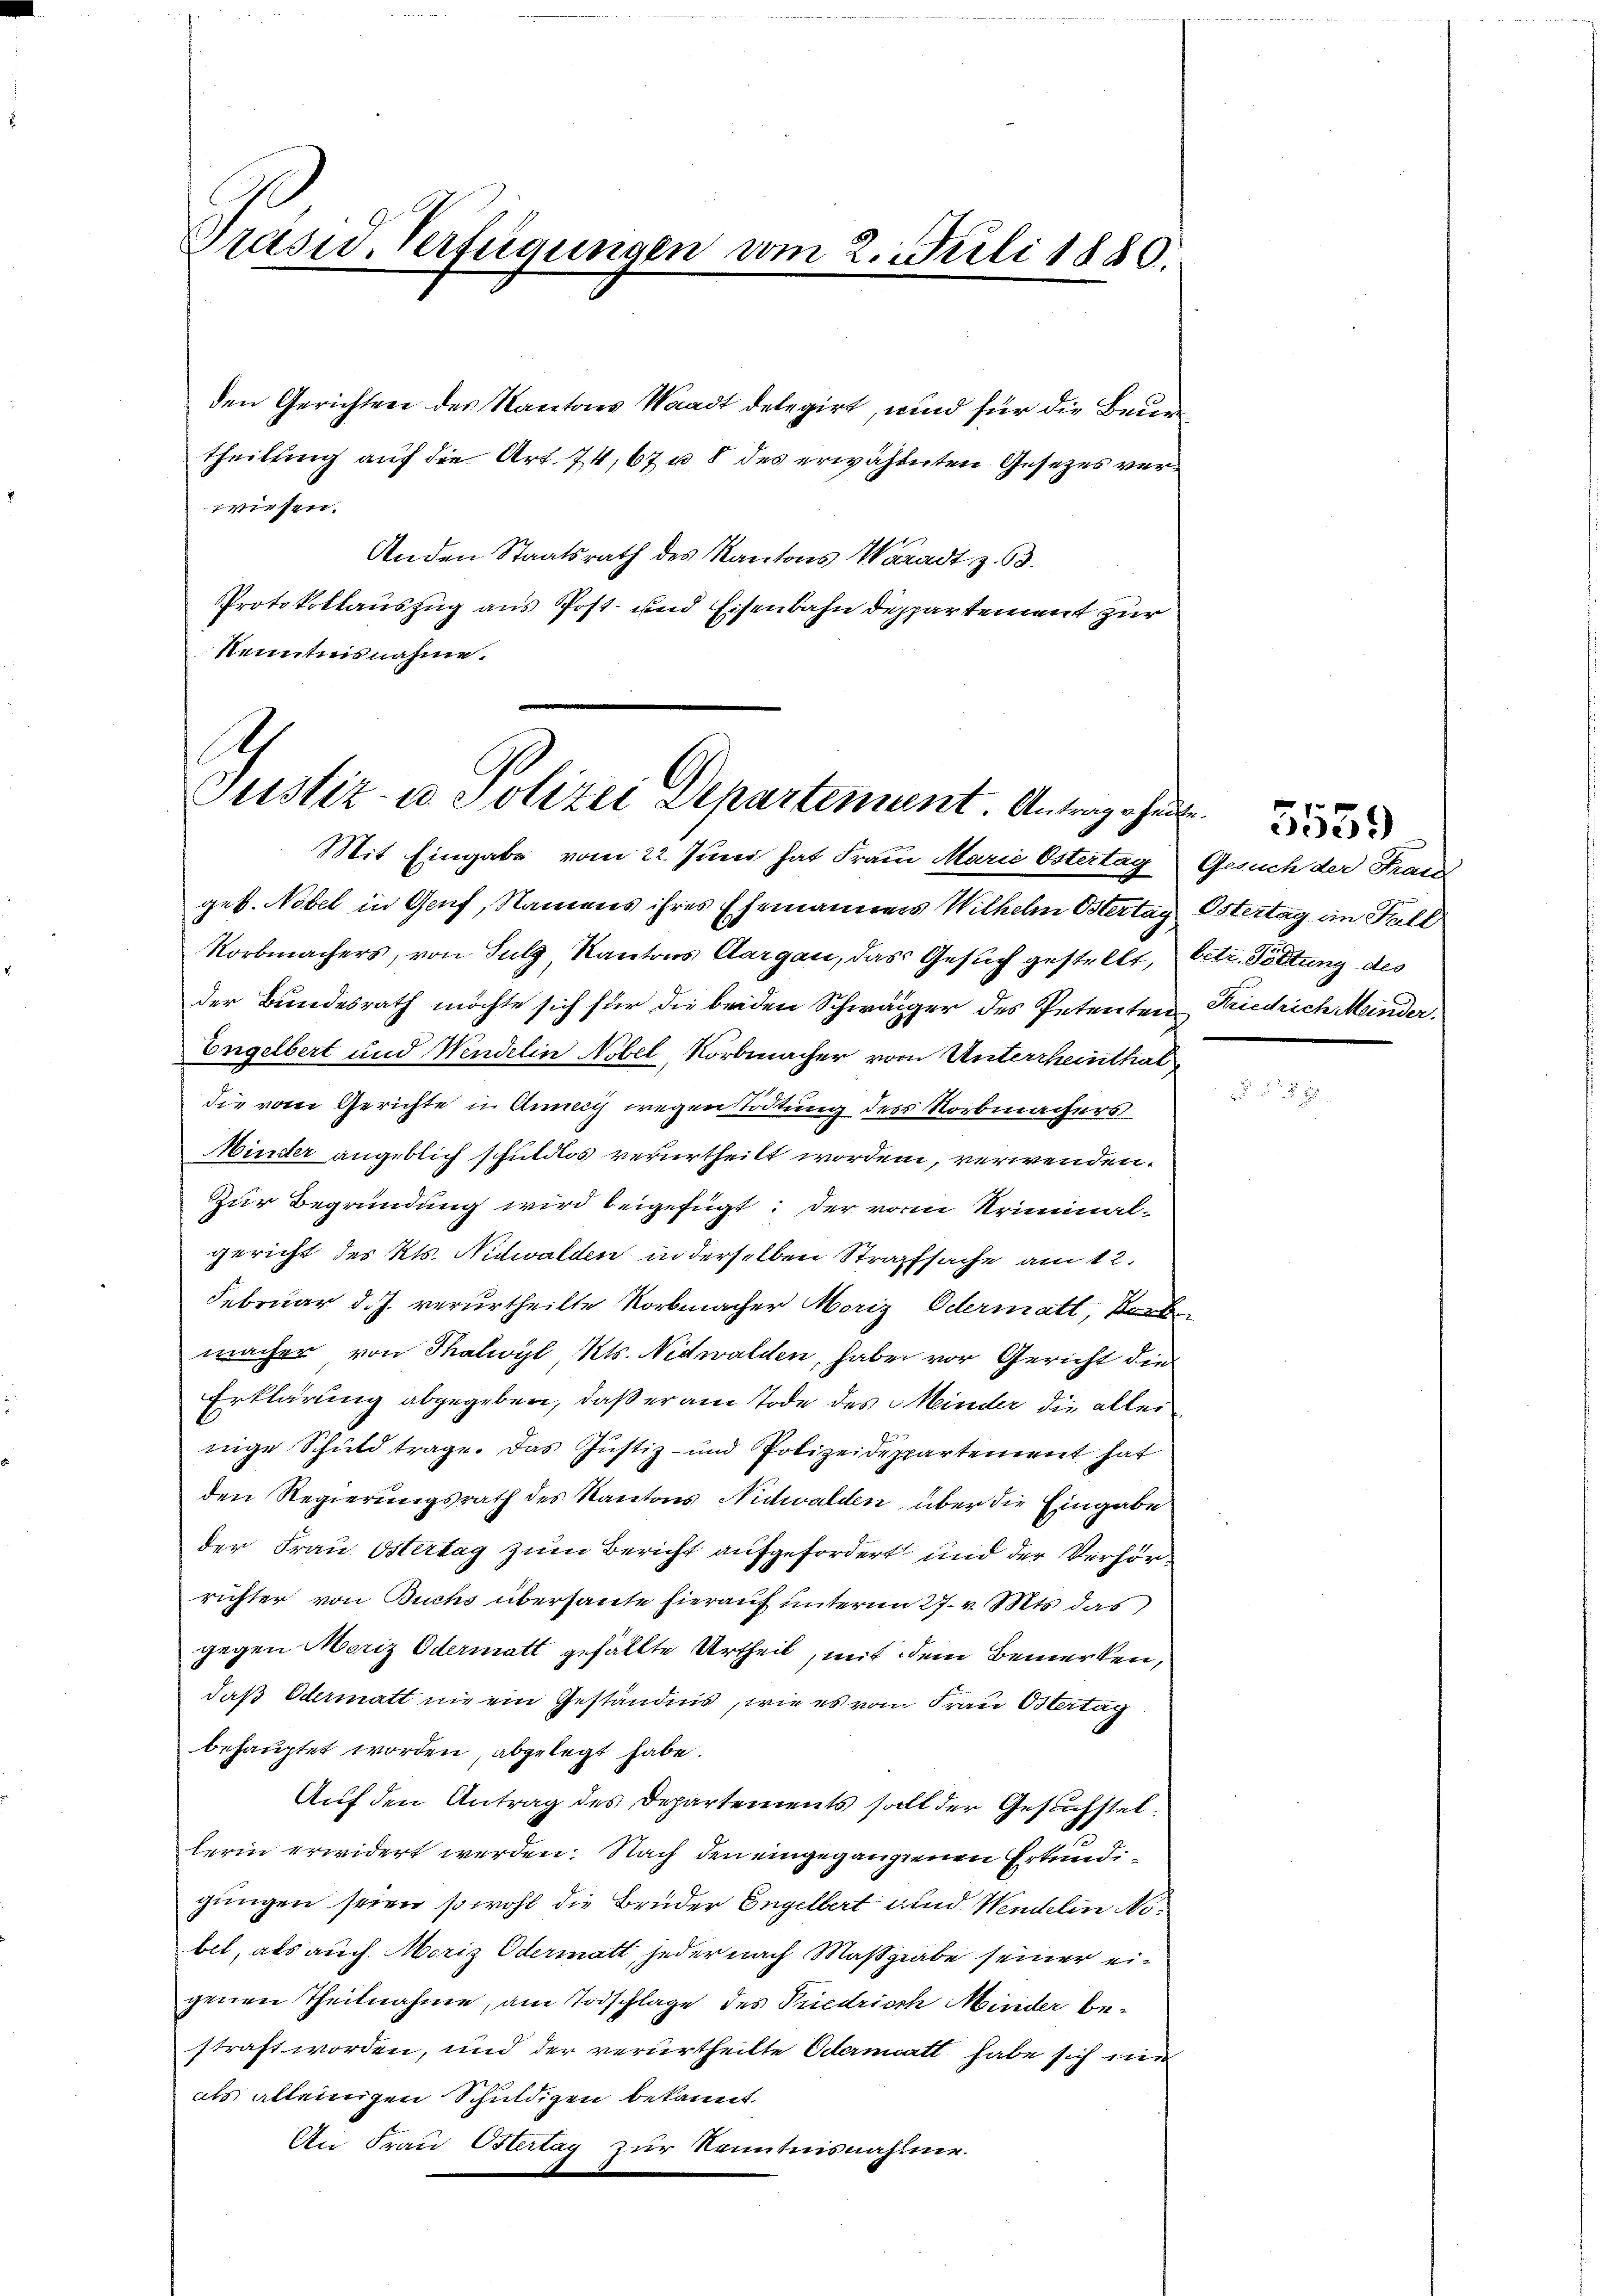
Präsid. Verfügungen vom 2. Juli 1880.

wiesen.
Anden Staatsrath des Kantons Waadt z. 63.
Protokollauszug aus Post- und Eisenbahn deppartement zur
Kenntnisnahme.

den Gerichten des Kantons Waadt delegirt, wird für die Beurtheilung auf die Art. 74, 67 u. 8 des erwähnten Gesezes ver¬

A
Justiz- u. Polizei Departement. Untergehen

Mit Eingabe vom 22. Juni hat Frau Marie Ostertag Gesuch der Frau
geb. Nobel in Genf, Namens ihres Ehemannes Wilhelm Ostertag,
Norbmachers, von Sulz, Kantons Aargau, das Gesuch gestellt, betr. Pottung des
der Bundesrath möchte sich für die beiden Schwäger des Petenten
Engelbert und Wendelin Nobel, Norbmacher vom Unterrheinthal
die vom Gerichte in Annecis wegen Tödtung des Vorbenachers
Minder angeblich schuldlos verurtheilt worden, verwenden.
Zur Begründung wird beigefügt: der vom Kriminal-
gericht des Kts. Nidwalden in derselben Strafsache am 12.
Februar d.J. verurtheilte Korbmacher Moriz Odermatt, Bork
machen von Thalwyl Kts. Nidwalden, haben vor Gericht die
Erklärung abgegeben, daß er am Tode des Meinder die allei
nige Schuld trage. Das Justiz- und Polizeidespartement hat
den Regierungsrath des Kantons Nidwalden, über die Eingabe
der Frau Ostertag zum Bericht aufgefordert und der Verhörrichter von Buchs überhaute hierauf unterm 27. v. Mts. das
gegen Moriz Odermatt gefällte Urtheil, mit dem Bemerken,
daß Odermatt nie ein Geständnis, wie es vom Frau Ostertag
behauptet worden, abgelegt habe.
Auf den Antrag des Departements soll der Gesuchstel
lerin erwidert werden. Nach den eingegangenen Erkundigungen seien sowohl die Brüder Engelbert und Wendelin Nobet, als auch Moriz Odermatt, jeder nach Maßgabe seiner eigenen Theilnahme, am Todschlage des Priedrich Minder bestraft worden, und der verurtheilte Odermatt habe sich mi
als alleinigen Schuldigen bekannt.
An Frau Ostertag zur Kenntnisnahme.

Ostertag, an Fall
Friedrich Meinder.